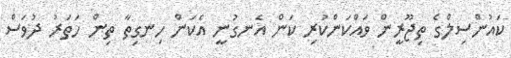
ކައުންސިލްގެ ތިޖޫރީން ވައްކަންކުރި ކަން އެނގުނީ އެކަން ހިނގިތާ ތިން ހަތަރު ދުވަސް